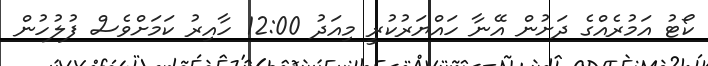
ކޯޓު އަމުރެއްގެ ދަށުން އޭނާ ހައްޔަރުކުރީ މިއަދު 12:00 ހާއިރު ކަމަށްވެސް ފުލުހުން